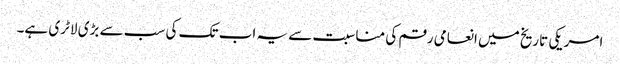
امریکی تاریخ میں انعامی رقم کی مناسبت سے یہ اب تک کی سب سے بڑی لاٹری ہے۔